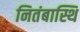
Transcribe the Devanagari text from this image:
नितंबास्थि